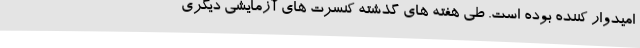
امیدوار کننده بوده است. طی هفته های گذشته کنسرت های آزمایشی دیگری